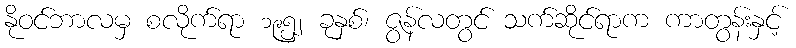
နိုဝင်ဘာလမှ စလိုက်ရာ ၁၉၅၂ ခုနှစ်၊ ဇွန်လတွင် သက်ဆိုင်ရာက ကာတွန်းနှင့်